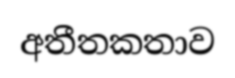
අතීතකතාව